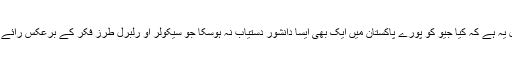
سوال یہ ہے کہ کیا جیو کو پورے پاکستان میں ایک بھی ایسا دانشور دستیاب نہ ہوسکا جو سیکولر او رلبرل طرز فکر کے برعکس رائے دیتا۔